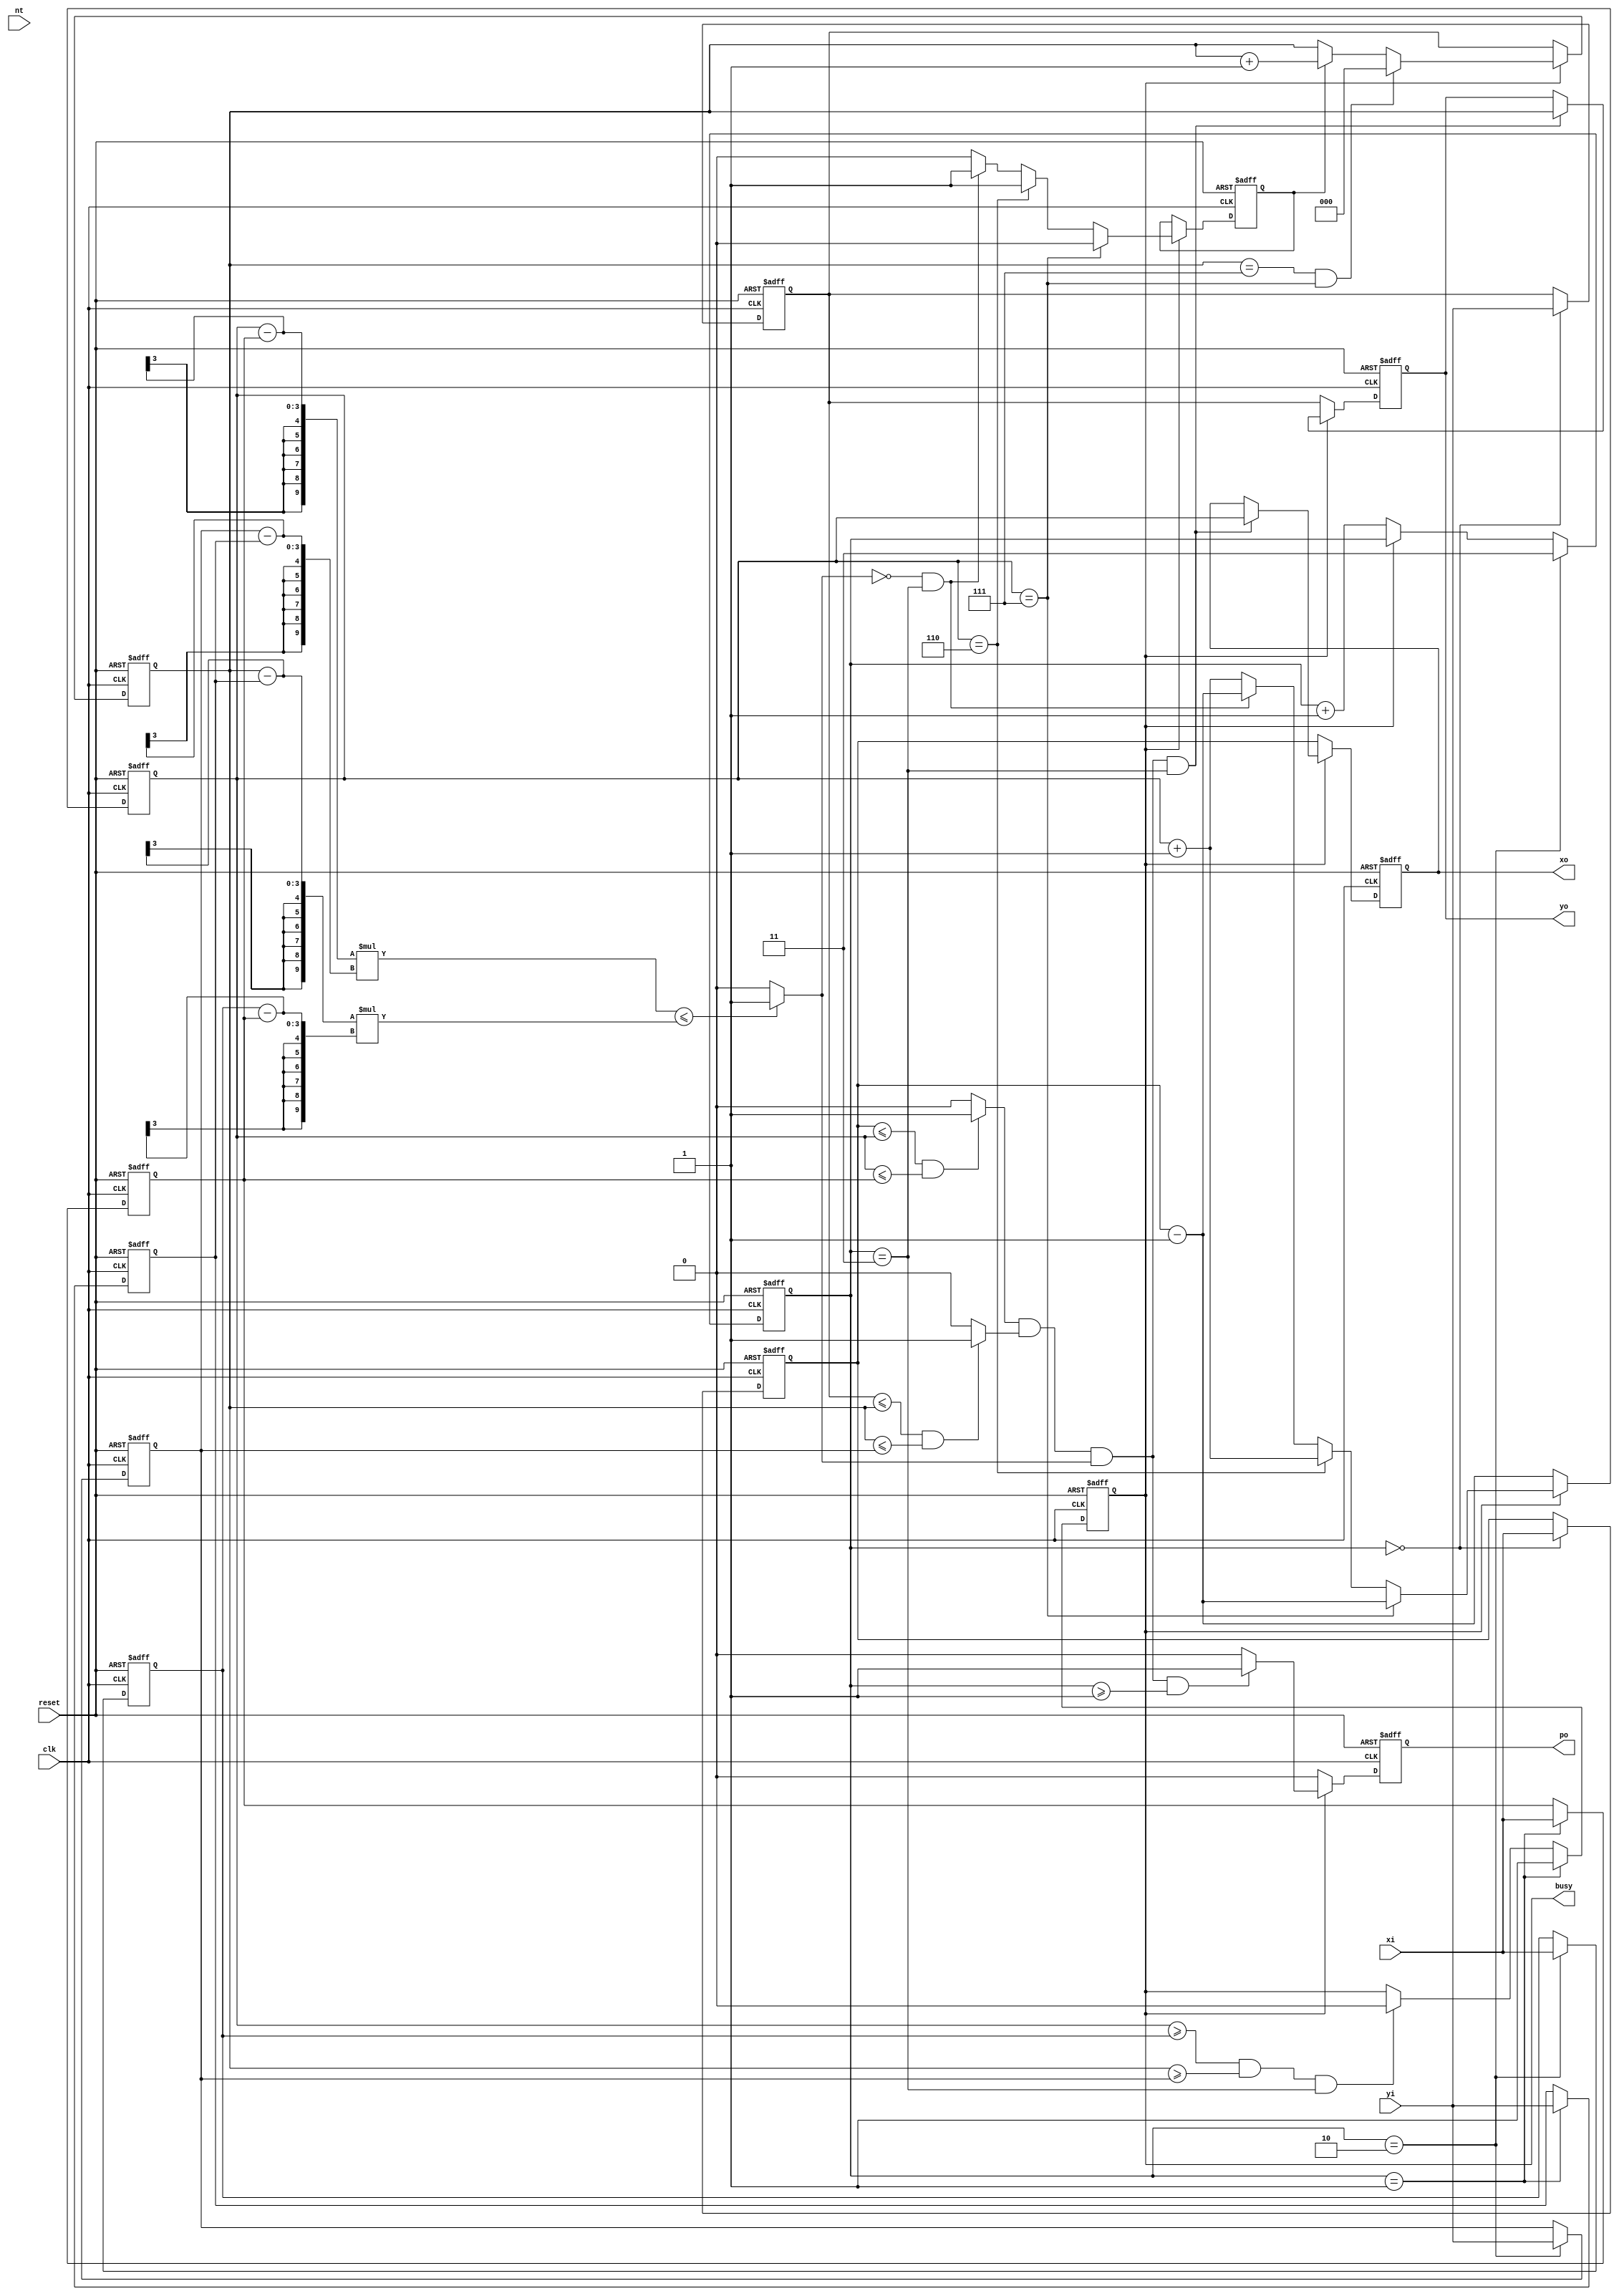
module triangle (clk, reset, nt, xi, yi, busy, po, xo, yo);

input clk, reset, nt;
input [2:0] xi, yi;
output busy, po;
output [2:0] xo, yo;

reg busy;
reg po;
reg [2:0]xo;
reg [2:0]yo;

reg [2:0]x[2:0];
reg [2:0]y[2:0];
reg [1:0]recive_cnt=0;
reg [2:0]x_index;
reg [2:0]y_index;
reg 	 next_x;
reg 	 next_y;
reg [2:0]temp_line;
reg [2:0]temp_locat;
reg x_add;
reg y_add;

wire in ;
wire signed [9:0]compare_loaction1;
wire signed [9:0]compare_loaction2;
wire x_in;
wire y_in;
wire loc_in;

always@(posedge clk or  posedge reset)begin
	if(reset)
		recive_cnt<=0;
	else begin
		if(recive_cnt==2)
			recive_cnt<=3;
		else if(!busy)
			recive_cnt<=recive_cnt+1;
	end
end

always@(posedge clk or  posedge reset)begin
	if(reset)begin
		x[0]<=0;
		x[1]<=0;
		x[2]<=0;
	end
	else begin
		case(recive_cnt)
			0	:	begin
						
							x[0]<=xi;
					end
			1	:	begin
						
							x[1]<=xi;
					end
			2	:	begin
						
							x[2]<=xi;
					end
			default : ;
		endcase
	end
end

always@(posedge clk or  posedge reset)begin
	if(reset)begin
		y[0]<=0;
		y[1]<=0;
		y[2]<=0;
	end
	else begin
		case(recive_cnt)
			0	:	begin
						
							y[0]<=yi;
					end
			1	:	begin
						
							y[1]<=yi;
					end
			2	:	begin
						
							y[2]<=yi;
					end
			default : ;
		endcase
	end
end

always@(posedge clk or  posedge reset)begin
	if(reset)
		busy<=0;
	else begin
		if(recive_cnt==1)
			busy<=1;
		else if(x_index >= x[2] && y_index >= y[2] && recive_cnt==3 )
			busy<=0;
	end
end

/* always@(posedge clk or  posedge reset)begin
	if(reset)
		next_x<=0;
	else begin
		if()
			next_x<=1;
		else
			next_x<=0;
	end
end

always@(posedge clk or  posedge reset)begin
	if(reset)
		next_x<=0;
	else begin
		if()
			next_x<=1;
		else
			next_x<=0;
	end
end */

always@(posedge clk or  posedge reset)begin
	if(reset)begin
		x_index<=0;
		y_add<=0;
	end
	else begin
		if(busy)begin
			if(x_index==7) begin
				x_index<=x[0]-1;
				y_add<=0;
			end
			else if (x_index == 6) begin
				y_add<=1;
				x_index<=x_index+1;
			end
			else if (!loc_in && recive_cnt==3) begin
				y_add<=1;
				x_index<=x[0]-1;
			end
			else begin
				x_index<=x_index+1;
				y_add<=0;
			end
		end
		else
			x_index<=x[0]-1;
	end
end

always@(posedge clk or  posedge reset)begin
	if(reset) begin
		y_index<=0;
	end
	else begin
		if(busy)begin
			if(y_index==7 && x_index==7) begin
				y_index<=0;
			end
			else if (y_add)
				y_index<=y_index+1;
		end
		else
			y_index<=y[0];
	end
end


assign compare_loaction1 = (x_index-x[1])*(y[2]-y[1]);
assign compare_loaction2 = (y_index-y[1])*(x[2]-x[1]);
	
assign x_in   = (x[0] <= x_index &&  x_index<= x[1])	 ? 1 : 0 ;
assign y_in   = (y[0] <= y_index &&  y_index<= y[2])	 ? 1 : 0 ;
assign loc_in = (compare_loaction1 <= compare_loaction2) ? 1 : 0 ;
assign in 	  = x_in && y_in && loc_in ;
			
/*always(*)begin
	if(compare_loaction1[9] && compare_loaction2[9])begin
		if(compare_loaction1)
	end
		
end*/

always@(posedge clk or  posedge reset)begin
	if(reset)begin
		xo<=0;
		yo<=0;
	end
	else begin
		if(busy==1)begin
			if(x_in && y_in && loc_in && recive_cnt == 3)begin
				xo<=x_index;
				yo<=y_index;
			end
		end
		else begin
			xo<=x[0];
			yo<=y[0];
		end
	end
end

always@(posedge clk or  posedge reset)begin
	if(reset)begin
		po<=0;
	end
	else begin
		if(busy==1)begin
			if(in && recive_cnt >= 1)
				po<=1;
			else 
				po<=0;
		end
		else
			po<=0;
	end
end
	

endmodule